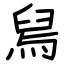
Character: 舃